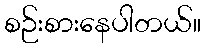
စဉ်းစားနေပါတယ်။